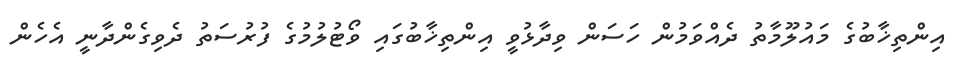
އިންތިޚާބުގެ މައުލޫމާތު ދެއްވަމުން ހަސަން ވިދާޅުވީ އިންތިޚާބުގައި ވޯޓުލުމުގެ ފުރުސަތު ދެވިގެންދާނީ އެހެން